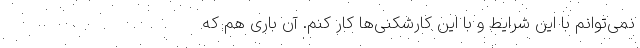
نمی‌توانم با این شرایط و با این کارشکنی‌ها کار کنم. آن باری هم که